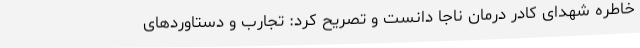
خاطره شهدای کادر درمان ناجا دانست و تصریح کرد: تجارب و دستاوردهای